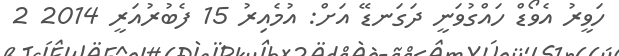
ހަވީރު އެވޯޑް ހައްގުވަނީ ދަގަނޑޭ އަށް: އުމެއިރު 15 ފެބުރުއަރީ 2014 2